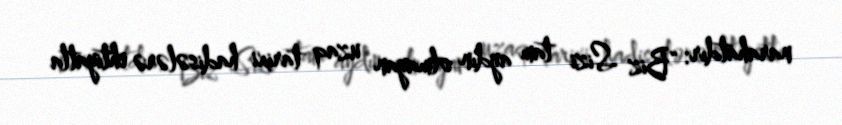
narahatdır: “Biz Sizi tam aydın olmayan uzaq tarixi hadisələrə ehtiyatla